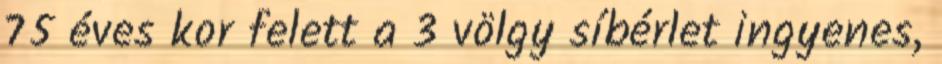
75 éves kor felett a 3 völgy síbérlet ingyenes,